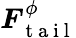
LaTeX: \boldsymbol{F}_{\mathrm{~t~a~i~l~}}^{\phi}